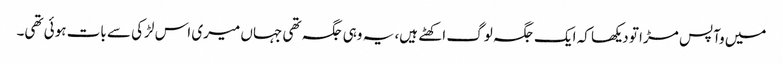
میں وآپس مڑا تو دیکھا کہ ایک جگہ لوگ اکھٹے ہیں، یہ وہی جگہ تھی جہاں میری اس لڑکی سے بات ہوئی تھی۔